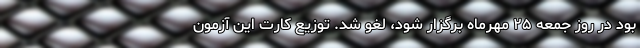
بود در روز جمعه ۲۵ مهرماه برگزار شود، لغو شد. توزیع کارت این آزمون